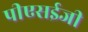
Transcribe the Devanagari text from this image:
पीएसईजी